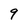
Character: 9